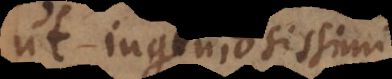
ut ingeniosissimi